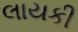
લાયકી